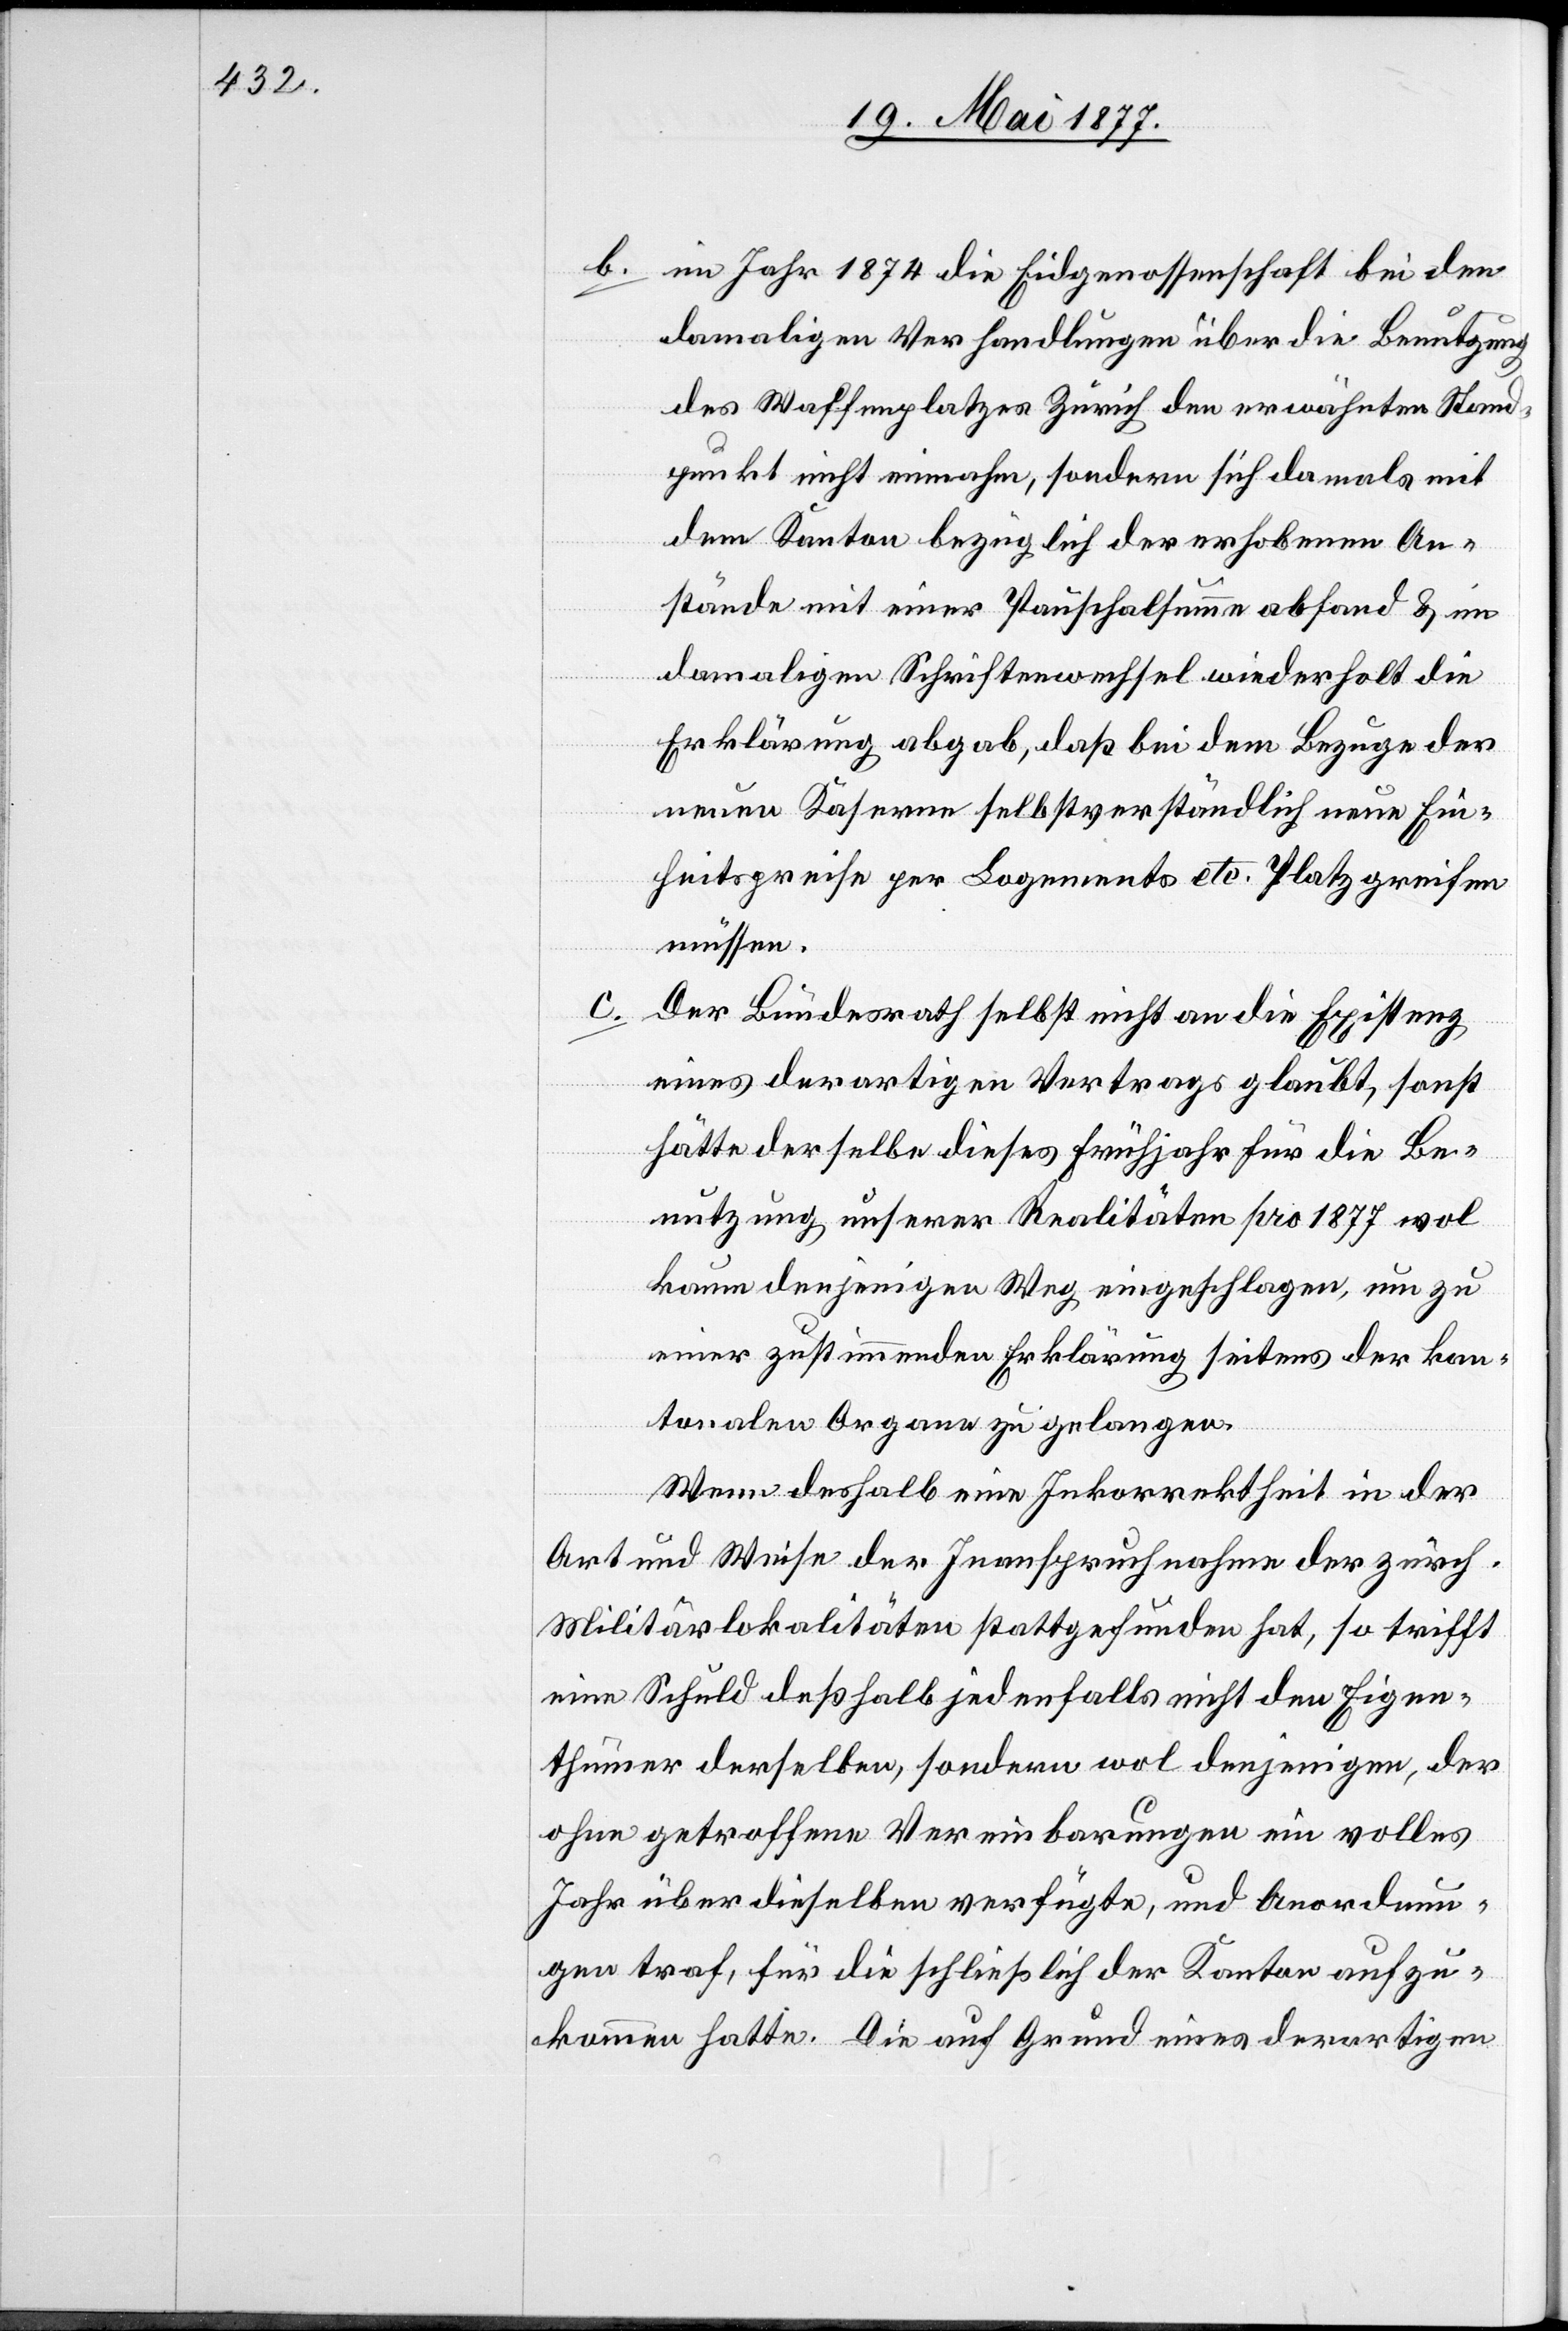
b. im Jahr 1874 die Eidgenossenschaft bei den
damaligen Verhandlungen über die Benutzung
des Waffenplatzes Zürich den erwähnten Stand¬
punkt nicht einnahm, sondern sich damals mit
dem Kanton bezüglich der erhobenen An¬
stände mit einer Pauschalsumme abfand & im
damaligen Schriftenwechsel wiederholt die
Erklärung abgab, daß bei dem Bezuge der
neuen Kaserne selbstverständlich neue Ein¬
heitspreise per Logenments etc. Platz greifen
müssen.
c.
Der Bundesrath selbst nicht an die Existenz
eines derartigen Vertrages glaubt, sonst
hätte derselbe dieses Frühjahr für die Be¬
nutzung unserer Realitäten pro 1877 wol
kaum denjenigen Weg eingeschlagen, um zu
einer zustimmenden Erklärung seitens der kan¬
tonalen Organe zu gelangen.
Wenn deshalb eine Inkorrektheit in der
Art und Weise der Inanspruchnahme der zürch.
Militärlokalitäten stattgefunden hat, so trifft
eine Schuld deßhalb jedenfalls nicht den Eigen¬
thümer derselben, sondern wol denjenigen, der
ohne getroffene Vereinbarungen ein volles
Jahr über dieselben verfügte, und Anordnun¬
gen traf, für die schließlich der Kanton aufzu¬
kommen hatte. Die auf Grund eines derartigen